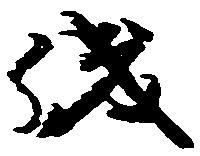
儀